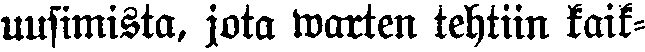
uusimista, jota warten tehtiin kaik-